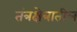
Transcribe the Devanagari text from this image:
तंत्रक्षेत्रातील